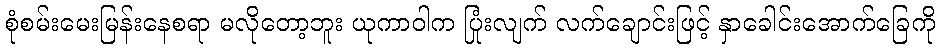
စုံစမ်းမေးမြန်းနေစရာ မလိုတော့ဘူး ယုကာဝါက ပြုံးလျက် လက်ချောင်းဖြင့် နှာခေါင်းအောက်ခြေကို